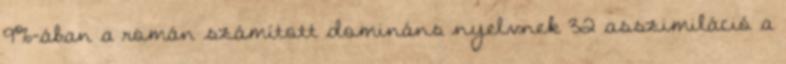
9%-ában a román számított domináns nyelvnek 32 asszimiláció a